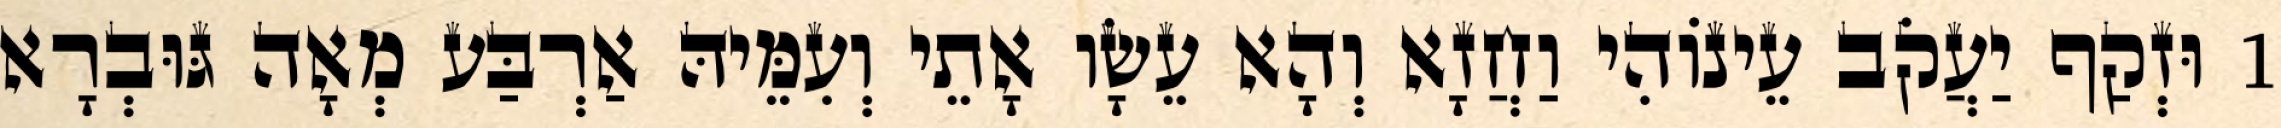
1 וּזְקַף יַעֲקֹב עֵינוֹהִי וַחֲזָא וְהָא עֵשָׂו אָתֵי וְעִמֵּיהּ אַרְבַּע מְאָה גּוּבְרָא